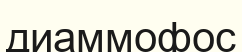
диаммофос